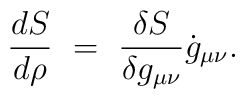
{d S \over d \rho}~=~{\delta S \over \delta g_{\mu\nu}}\dot{g}_{\mu\nu}.